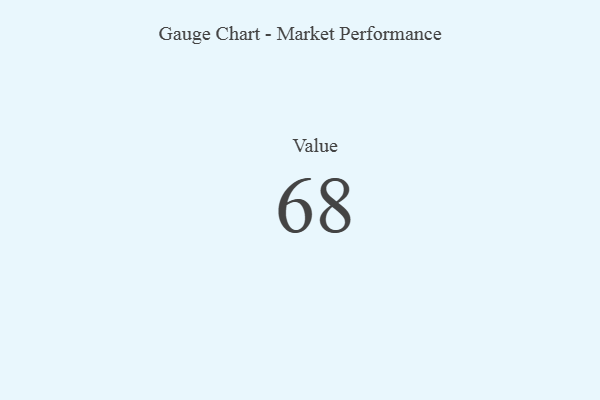
{"axis": {"x": "Metric", "y": "Value"}, "legend": [""], "data": [{"x": "Value", "y": 68, "type": ""}]}